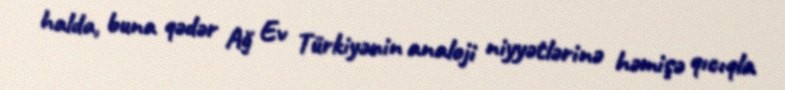
halda, buna qədər Ağ Ev Türkiyənin analoji niyyətlərinə həmişə qıcıqla